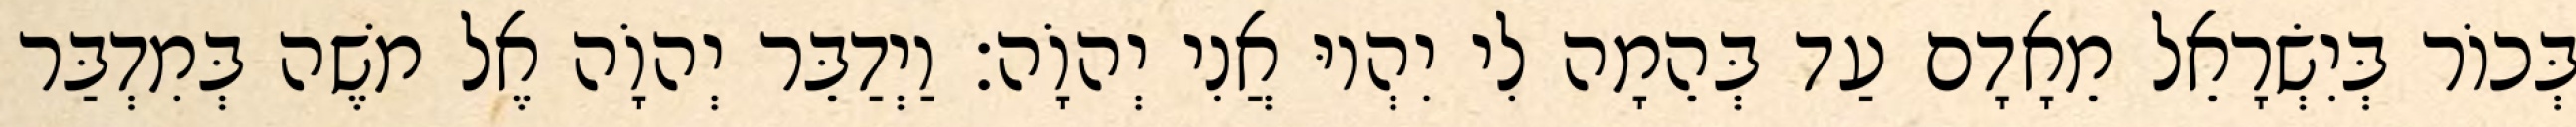
בְּכוֹר בְּיִשְׂרָאֵל מֵאָדָם עַד בְּהֵמָה לִי יִהְיוּ אֲנִי יְהוָֹה׃ וַיְדַבֵּר יְהוָֹה אֶל משֶׁה בְּמִדְבַּר